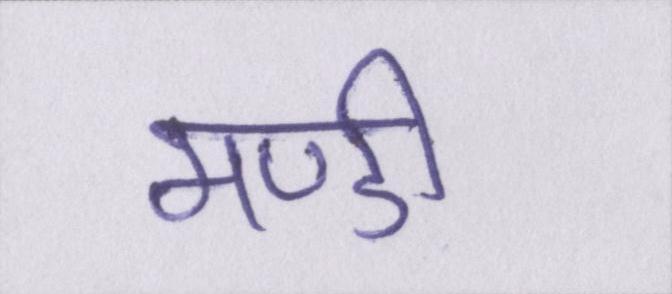
मण्डी